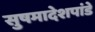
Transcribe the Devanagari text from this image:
सुषमादेशपांडे